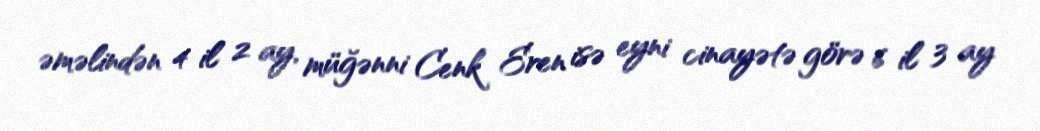
əməlindən 4 il 2 ay, müğənni Cenk Eren isə eyni cinayətə görə 6 il 3 ay